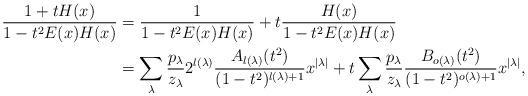
LaTeX: \begin{align*}\frac{1+tH(x)}{1-t^{2}E(x)H(x)} & =\frac{1}{1-t^{2}E(x)H(x)}+t\frac{H(x)}{1-t^{2}E(x)H(x)}\\ & =\sum_{\lambda}\frac{p_{\lambda}}{z_{\lambda}}2^{l(\lambda)}\frac{A_{l(\lambda)}(t^{2})}{(1-t^{2})^{l(\lambda)+1}}x^{\left|\lambda\right|}+t\sum_{\lambda}\frac{p_{\lambda}}{z_{\lambda}}\frac{B_{o(\lambda)}(t^{2})}{(1-t^{2})^{o(\lambda)+1}}x^{\left|\lambda\right|},\end{align*}